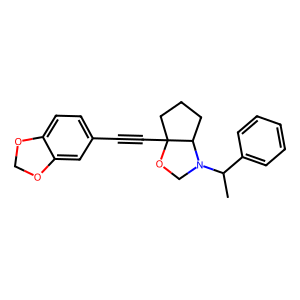
SMILES: CC(c1ccccc1)N1COC2(C#Cc3ccc4c(c3)OCO4)CCCC12
Inhibits HIV replication: No